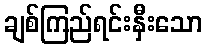
ချစ်ကြည်ရင်းနှီးသော